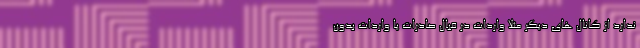
ندارد از کانال های دیگر مثلا واردات در قبال صادرات یا واردات بدون